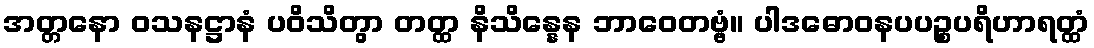
အတ္တနော ဝသနဋ္ဌာနံ ပဝိသိတွာ တတ္ထ နိသိန္နေန ဘာဝေတဗ္ဗံ။ ပါဒဓောဝနပပဉ္စပရိဟာရတ္ထံ